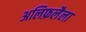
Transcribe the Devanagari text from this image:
अलिफ़लैला